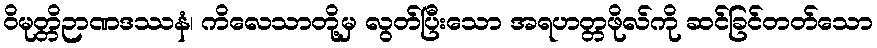
ဝိမုတ္တိဉာဏဒဿနံ၊ ကိလေသာတို့မှ လွတ်ပြီးသော အရဟတ္တဖိုလ်ကို ဆင်ခြင်တတ်သော